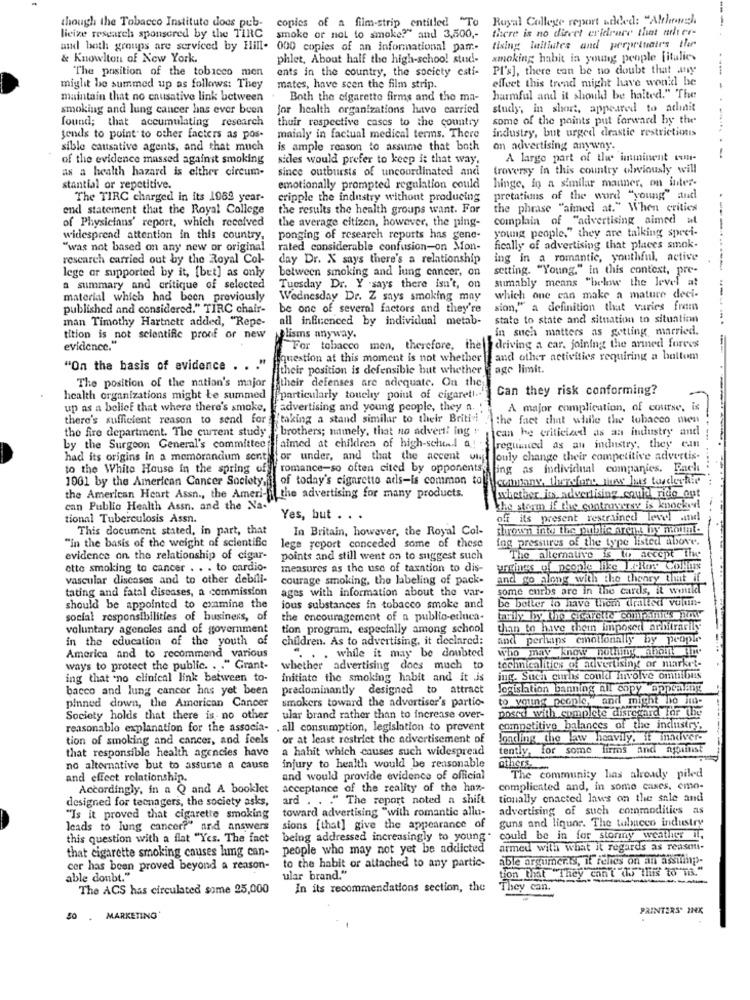
though the Tobacco Institute doos pub-
copies of a fim-strip entitled "To
Royal College report added: "Althowz).
there is no diteet erideure that mehter-
---
lieize research sponsored by the TIRC
smoke or not to smoke?" and 3,500 ,-
tising initiates and perpetuate's the
adl both groups are serviced by Hill. 000 copies of an informational pam-
& Knowlton of New York.
phlet, About half the high-school stud !-
smoking habit in young people [italics
The position of the tobacco men
ents in the country, the society esti-
PI's], there can be no doubt that any
effect this tread might have would be
miglit be summed up as follows: They
mates, have seen the film strip.
maintain that no causative link between
Both the cigarette firms and the ma-
harmful and it should be halted." The
--.. .
smoking and lung cancer has ever been
for health organizations have carried
study; in short, appeared to athinit
found; that accumulating research
thuir respective cases to the country
some of the points put forward by the
tends to point to other facters as pos-
mainly in factual medical terms. There
industry, but urged drastic restrictions
sible causative agents, and that much
is ample reason to assume that both
on advertising anyway.
of the evidence massed against smoking
sicles would prefer to keep it that way.
A large part of the imminent con-
-
as a health hazard is either circum-
since outbursts of uncoordinated and
troversy In this country olwviously will
stantial or repetitive.
emotionally prompted regulation could
hinge, in a similar manner, on inter-
The TIRC charged in its 1969 year-
cripple the industry without producing
pretations of the word "young" and
end statement that the Royal College
the results the health groups want. For
the phrase "aimed at." When critics
of Physicians' report, which received
complain of "advertising aimed at
the average citizen, however, the ping-
young people," they are talking sprei-
--
widespread attention in this country.
ponging of research reports has gene-
"was not based on any new or original
rated considerable confusion-on Mon-
fically of advertising that places smok.
research carried out by the Royal Col-
day Dr. X says there's a relationship
ing in a romantic, youthful, active
between smoking and lung cancer, on
setting. "Young." in this context, pre-
--
lege ar supported by it, [bet] as only
sumably means "below the level at
a summary and critique of selected
Tuesday Dr. Y .says there isn't, on
material which had been previously
Wednesday Dr. Z says smoking may
which one can make a mature deci-
published and considered." TIRC chair-
be one of several factors and they're
sion," a definition that varies from
man Timothy Hartnett added, "Repe-
all influenced by individual metab-
state to state and situation to situation
In such matters as getting married.
tition is not scientific proof of new _lisms anyway.
evidence.
For tobacco men, therefore, the driving a car. joining the armed forces
--
question at this moment is not whether |fand other activities requiring a boltom
"On the basis of evidence . . . "
their position is defensible but whether
age limit.
The position of the nation's major their defenses are adequate. On the
Can they risk conforming?
health organizations might be summed
particularly touchy point of cigarett ..
up as a belief that where there's smoke,
advertising and young people, they a.
A major complication, of course, is
there's sufficient reason to send for taking a stand similar to their Britivi
the fact that while the tobacco men
the fire department. The current study "brothers; namely, that no advert! ing
can he criticiad as an industry and
by the Surgeon General's committee
faimed at children of high-scheel a
-
reguaiced as an industry, they can
had its origins in a memorandum sont
for under, and that the accent vi
ouly change their competitive advertis-
to the White House in the spring of
romance-so often cited by opponents
ling as individual companies. Each
1001 by the American Cancer Society,
of today's cigaretto ads-is common to
company, therefore, fue hans toucherfile
the American Heart Assn ., the Ameri-
the advertising for many products.
whether its advertising could ritic out
can Public Health Assn. and the Na-
the storm if the controversy is knocked
tional Tuberculosis Assn.
Yes, but . . .
off its present restrained level and
This document stated, in part, that
In Britain, however, the Royal Col-
thrown inte the public areas by mount.
"in the basis of the weight of scientific
Ing pressures of the type listed above.
lege report conceded some of these
evidence an the relationship of cigar-
points and still went on to suggest such
The alternative is w accept the
ette smoking to cancer . . . to cardio-
measures as the use of taxation to dis-
uneings of people like ]. Ros Collius
vascular diseases and to other debili-
courage smoking, the labeling of pack-
and go along with the theory that if
tating and fatal diseases, a commission
ages with information about the var-
some curbs are in the cards, it would
be better to have them dratted vulun-
should be appointed to examine the
ious substances in tobacco smoke and
social responsibilities of business, of
the encouragement of a publio-erluca-
tayly by liho cicarette cont.siries how
voluntary agencies and of government
tion program, especially among school
than to have them imposed arbitrarily
in the education of the youth of
children. As to advertising, it declared:
and perhaps emotionally by people
.. . while it may be doubted
who may know nothing abonar
America and to recommend various
ways to protect the public. . . " Grant-
whether advertising does much to
technicalities of advertising or market-
ing that "no clinical link between to-
initiate the smoking habit and it is
ing. Sucht curbs could involve omnibus
bacco and lung cancer has yet been
predominantly designed to attract
Jogislation banning nil copy appealing
smokers toward the advertiser's partio-
to young people,"and might bo im-
pinned down, the American Cancer
posed with complete disregard for the
Society holds that there is no other
ular brand rather than to increase over-
reasonable explanation for the associa-
. all consumption, legislation to prevent
competitive balances of the industry.
tion of smoking and cancer, and feels
or at least restrict the advertisement of
loading the law heavily, it innerver-
that responsible health agencies have
a hahit which causes such widespread
tently, for
some firms
and against
no alternative but to assure a cause
injury to health would be reasonable
others.
and effect relationship.
and would provide evidence of official
The community has already piled
Accordingly, in a Q and A booklet
acceptance of the reality of the haz-
complicated and, in some cases, emo-
designed for teenagers, the society asks,
" The report noted a shift
tionally cnacted laws on the sale and
ard . ..
toward advertising "with romantic allu-
advertising of such commodities as
"Is it proved that cigarette smoking
guns and liquor. The tobacco industry
leads to lung cancer?" and answers
sions [that] give the appearance of
this question with a flat "Yes. The fact
being addressed increasingly to young
could be in for stormy weather il,
that cigarette smoking causes lug can-
people who may not yet be addicted
armed with what it regards as reason.
able arguments, if feles on an assumings-
cer has been proved beyond a reason-
to the habit or attached to any partic-
tion that They can't do This to"TR."
able doubt."
ular brand."
----
The ACS has circulated some 25,000
In its recommendations section, the
They can.
PRINTERS' INK
50 . MARKETING